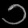
Digit: ၁